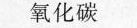
氧化碳